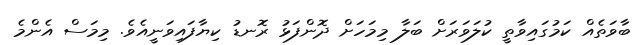
ބާވަތެއް ކަމުގައިވާތީ ކުލަވަރަށް ބަލާ މިމަހަށް ދޮންފަޅު ރޮނޑު ކިޔާފައިވަނީއެވެ. މިމަސް އެންމެ